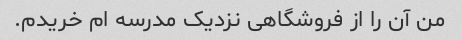
من آن را از فروشگاهی نزدیک مدرسه ام خریدم.